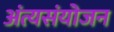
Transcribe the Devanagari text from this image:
अंत्यसंयोजन